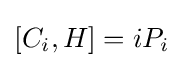
[C_{i},H]=iP_{i}\,\!